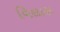
વિલાસ